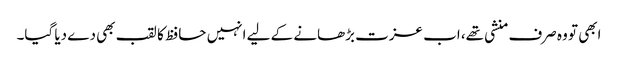
ابھی تو وہ صرف منشی تھے، اب عزت بڑھانے کے لیے انہیں حافظ کا لقب بھی دے دیا گیا۔